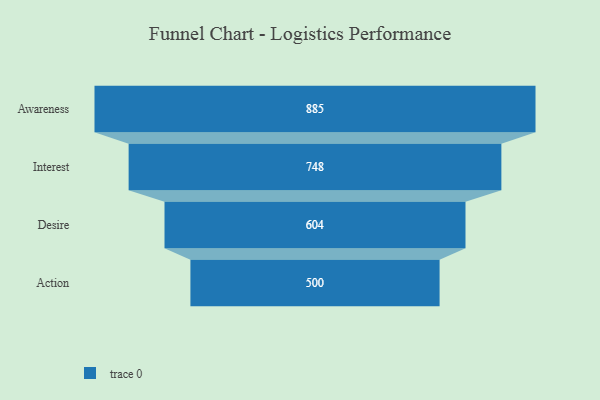
{"axis": {"x": "Stage", "y": "Value"}, "legend": [""], "data": [{"x": "Awareness", "y": 885.0, "type": ""}, {"x": "Interest", "y": 748.0, "type": ""}, {"x": "Desire", "y": 604.0, "type": ""}, {"x": "Action", "y": 500, "type": ""}]}